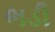
ભડી